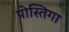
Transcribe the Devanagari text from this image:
पोस्तिगा